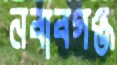
নবাবগঞ্জ